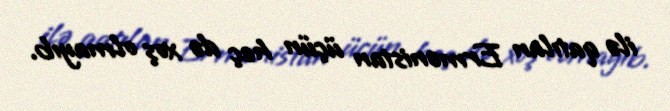
ilə qatılan Ermənistan üçün heç də xoş olmayıb.